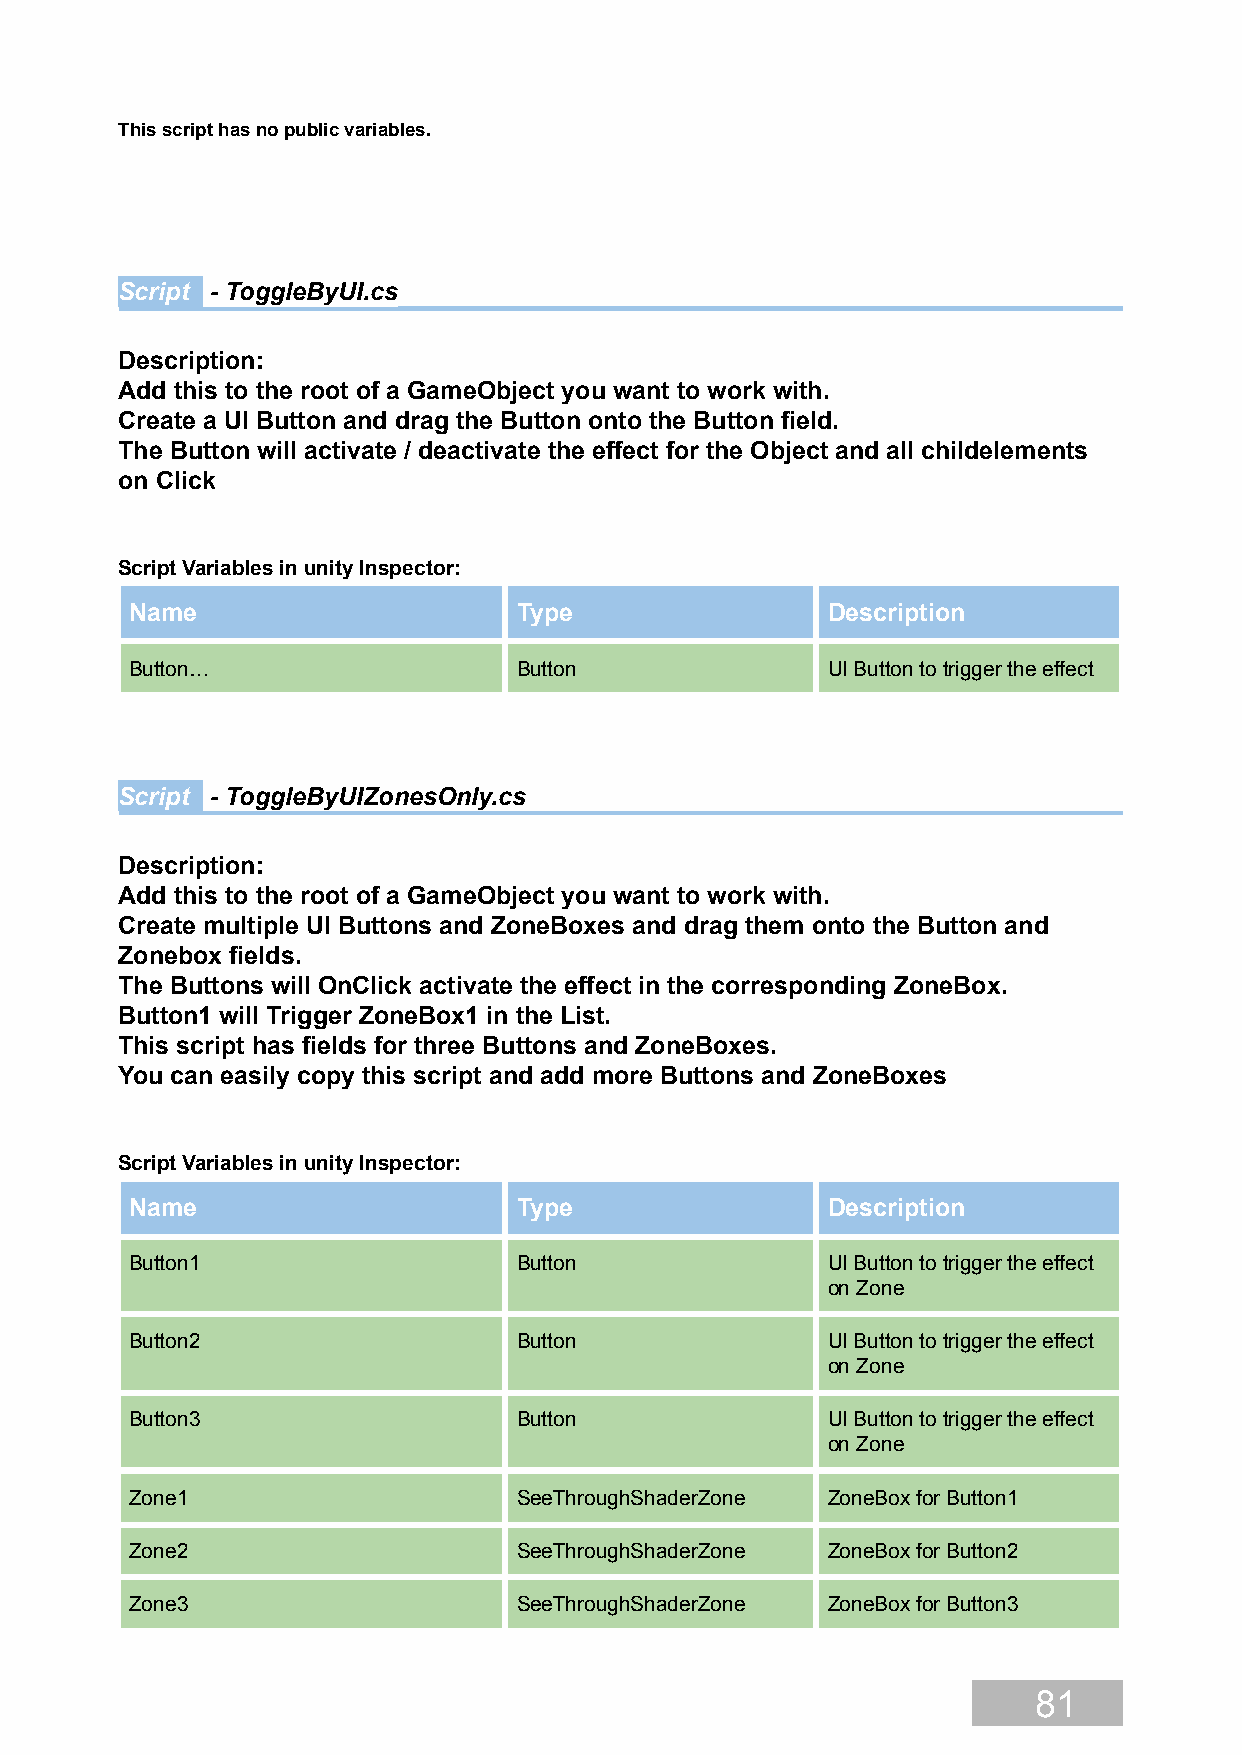
This script has no public variables.
 Script - ToggleByUI.cs
 Description:
 Add this to the root of a GameObject you want to work with.
 Create a UI Button and drag the Button onto the Button field.
 The Button will activate / deactivate the effect for the Object and all childelements
 on Click
 Script Variables in unity Inspector:
 Name                     Type                 Description
 Button…                  Button               UI Button to trigger the effect
 Script - ToggleByUIZonesOnly.cs
 Description:
 Add this to the root of a GameObject you want to work with.
 Create multiple UI Buttons and ZoneBoxes and drag them onto the Button and
 Zonebox fields.
 The Buttons will OnClick activate the effect in the corresponding ZoneBox.
 Button1 will Trigger ZoneBox1 in the List.
 This script has fields for three Buttons and ZoneBoxes.
 You can easily copy this script and add more Buttons and ZoneBoxes
 Script Variables in unity Inspector:
 Name                     Type                 Description
 Button1                  Button               UI Button to trigger the effect
 on Zone
 Button2                  Button               UI Button to trigger the effect
 on Zone
 Button3                  Button               UI Button to trigger the effect
 on Zone
 Zone1                    SeeThroughShaderZone ZoneBox for Button1
 Zone2                    SeeThroughShaderZone ZoneBox for Button2
 Zone3                    SeeThroughShaderZone ZoneBox for Button3
 81